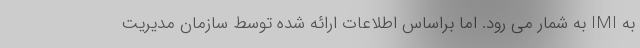
به IMI به شمار می رود. اما براساس اطلاعات ارائه شده توسط سازمان مدیریت